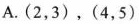
A.(2，3)，(4，5)